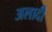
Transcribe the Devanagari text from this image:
अलादी